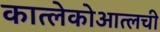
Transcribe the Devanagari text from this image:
कात्लेकोआत्लची